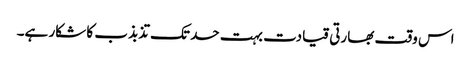
اس وقت بھارتی قیادت بہت حد تک تذبذب کا شکار ہے۔